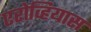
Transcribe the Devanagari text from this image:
एरोव्हियास